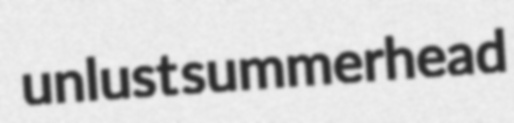
unlust summerhead